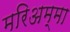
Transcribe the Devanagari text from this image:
मरिअम्मा